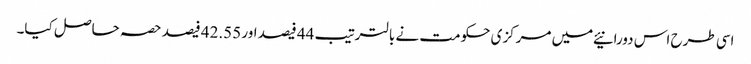
اسی طرح اس دورانیئے میں مرکزی حکومت نے بالترتیب 44 فیصد اور 42.55 فیصد حصہ حاصل کیا۔